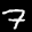
Label: 7